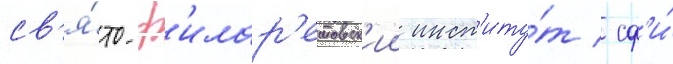
св'я́то-ф'илар'етовск'ии инст'иту́т / сф'и́